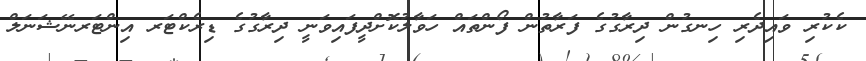
ކެކުރި ވައިދެރި ހިނގުން ދިރާގުގެ ފަރާތުން ފޯންތައް ހަވާލުކޮށްދީފައިވަނީ ދިރާގުގެ ޑިރެކްޓަރ އިންޓަރނޭޝަނަލް